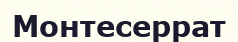
Монтесеррат